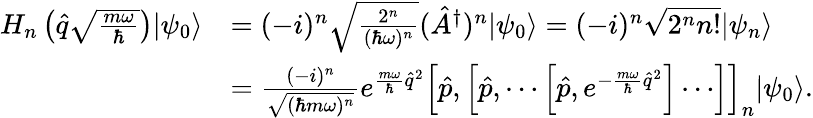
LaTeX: \begin{array}{rl}{H_{n}\left(\hat{q}\sqrt{\frac{m\omega}{\hbar}}\right)|\psi_{0}\rangle}&{=(-i)^{n}\sqrt{\frac{2^{n}}{(\hbar\omega)^{n}}}(\hat{A}^{\dagger})^{n}|\psi_{0}\rangle=(-i)^{n}\sqrt{2^{n}n!}|\psi_{n}\rangle}\\ &{=\frac{(-i)^{n}}{\sqrt{(\hbar m\omega)^{n}}}e^{\frac{m\omega}{\hbar}\hat{q}^{2}}\left[\hat{p},\left[\hat{p},\cdots\left[\hat{p},e^{-\frac{m\omega}{\hbar}\hat{q}^{2}}\right]\cdots\right]\right]_{n}|\psi_{0}\rangle.}\end{array}